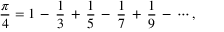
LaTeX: { \frac { \pi } { 4 } } = 1 \, - \, { \frac { 1 } { 3 } } \, + \, { \frac { 1 } { 5 } } \, - \, { \frac { 1 } { 7 } } \, + \, { \frac { 1 } { 9 } } \, - \, \cdots ,